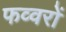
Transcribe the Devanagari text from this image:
फव्‍वरों